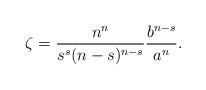
LaTeX: \begin{align*}\zeta=\frac{n^{n}}{s^s(n-s)^{n-s}}\frac{b^{n-s}}{a^{n}}.\end{align*}